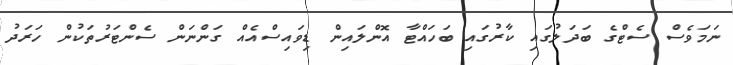
ނަމަވެސް ސެޓްގެ ބަދަލުގައި ކާރުގައި ބަހައްޓާ އޮންލައިން ޑިވައިސްއެއް ގަންނަން ސެންޓަރުތަކުން ހަރަދު